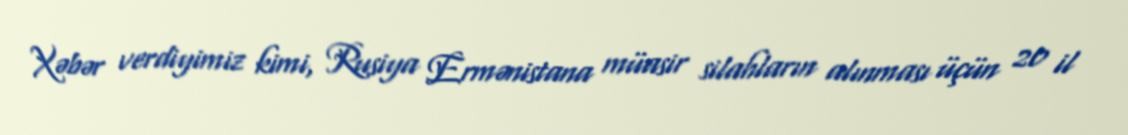
Xəbər verdiyimiz kimi, Rusiya Ermənistana müasir silahların alınması üçün 20 il